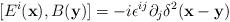
LaTeX: \begin{align*}[E^{i}({\bf x}),B({\bf y})] = -i \epsilon^{ij}\partial_j \delta^2 ({\bf x}-{\bf y})\end{align*}